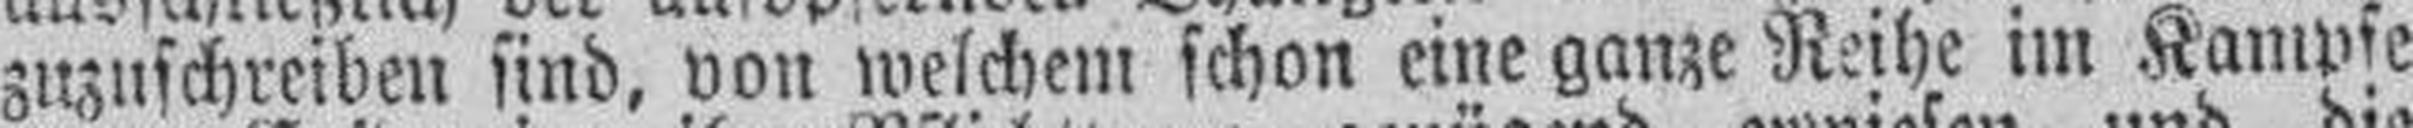
zuzuschreiben sind, von welchem schon eine ganze Reihe im Kampfe